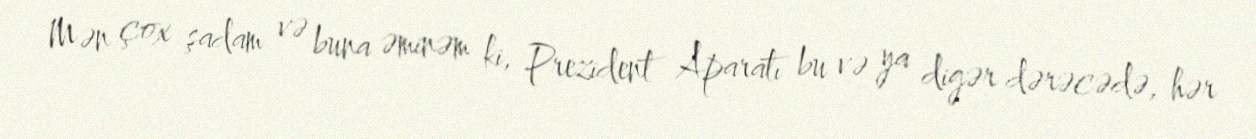
Mən çox şadam və buna əminəm ki, Prezident Aparatı bu və ya digər dərəcədə, hər